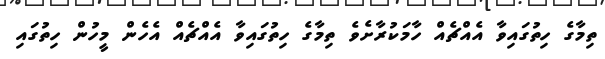
ތިމާގެ ހިތުގައިވާ އެއްޗެއް ހާމަކުރާށެވެ ތިމާގެ ހިތުގައިވާ އެއްޗެއް އެހެން މީހުން ހިތުގައި